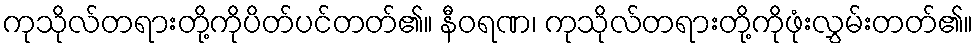
ကုသိုလ်တရားတို့ကိုပိတ်ပင်တတ်၏။ နီဝရဏ၊ ကုသိုလ်တရားတို့ကိုဖုံးလွှမ်းတတ်၏။